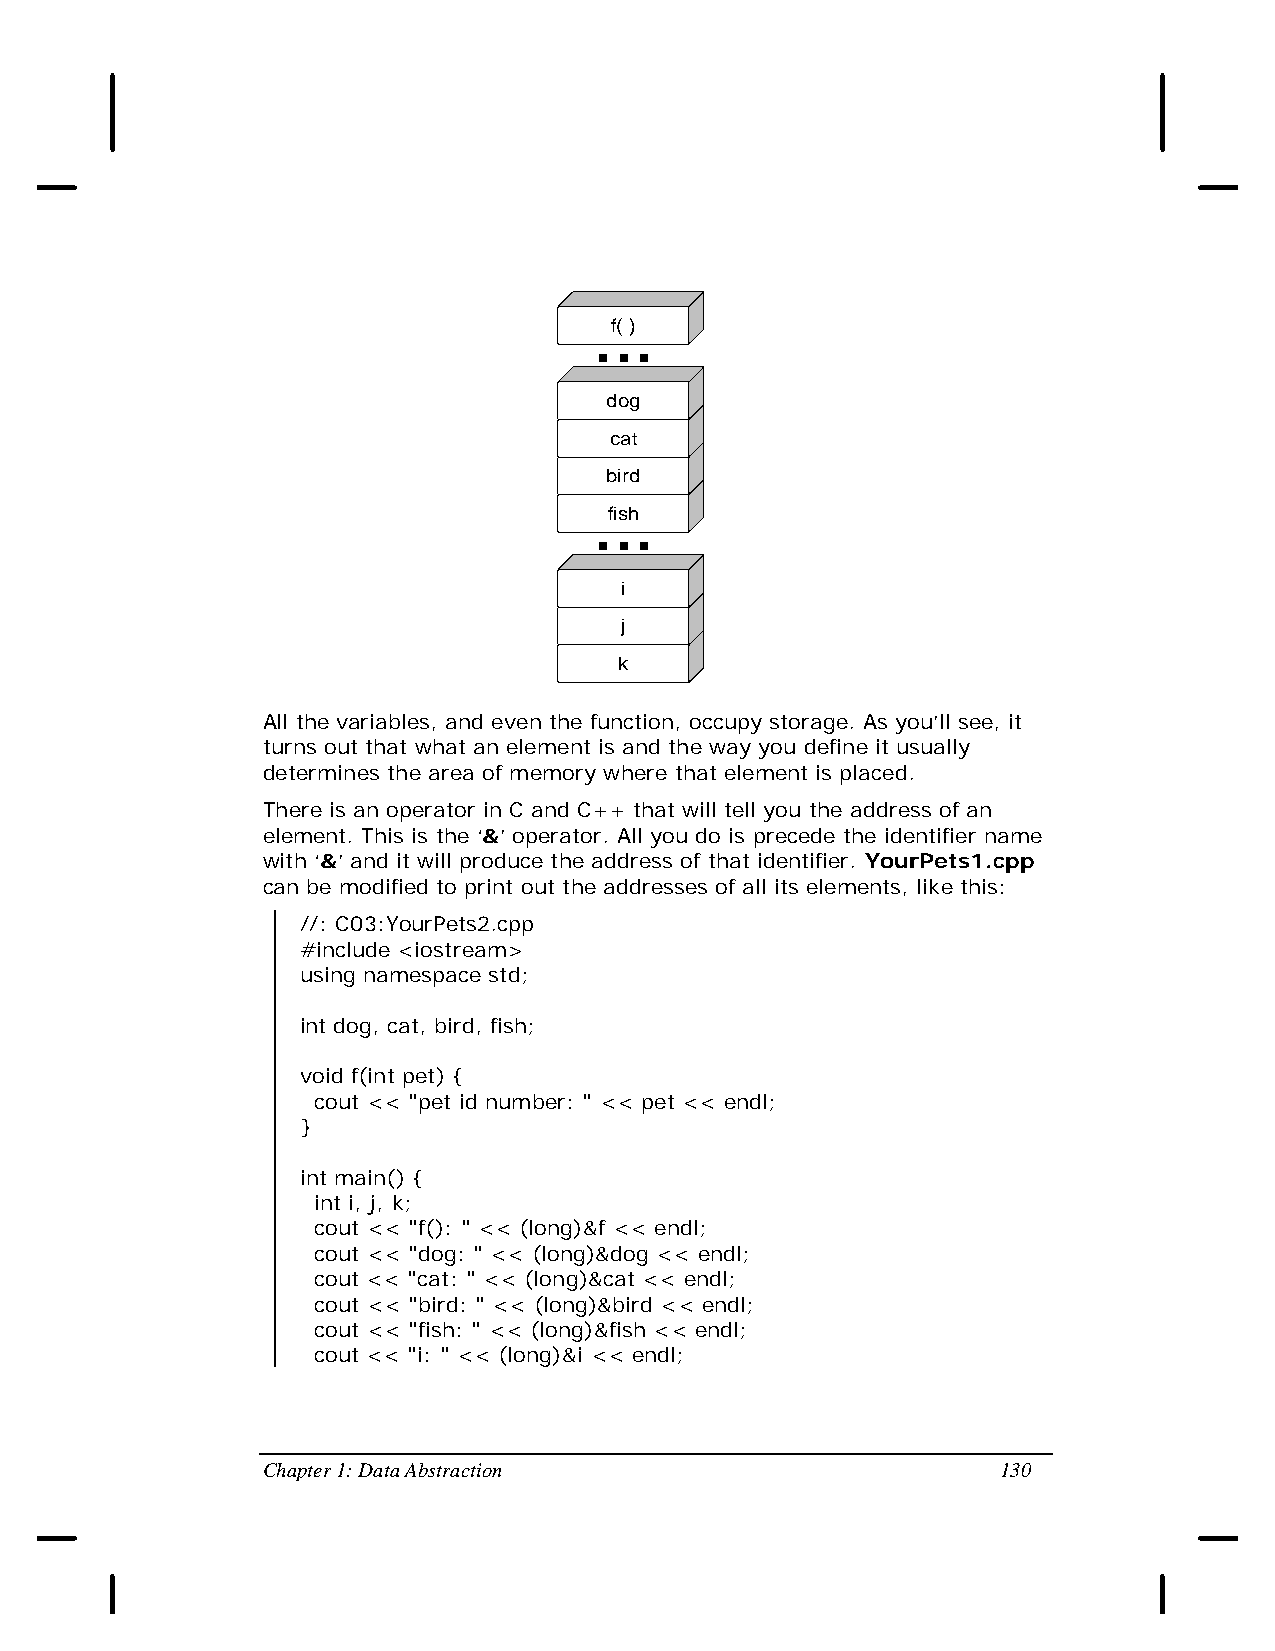
...
 f( )
 dog
 cat
 bird
 ...
 fish
 i
 j
 k
 All the variables, and even the function, occupy storage. As you’ll see, it
 turns out that what an element is and the way you define it usually
 determines the area of memory where that element is placed.
 There is an operator in C and C++ that will tell you the address of an
 element. This is the ‘&’ operator. All you do is precede the identifier name
 with ‘&’ and it will produce the address of that identifier. YourPets1.cpp
 can be modified to print out the addresses of all its elements, like this:
 //: C03:YourPets2.cpp
 #include <iostream>
 using namespace std;
 int dog, cat, bird, fish;
 void f(int pet) {
 cout << "pet id number: " << pet << endl;
 }
 int main() {
 int i, j, k;
 cout << "f(): " << (long)&f << endl;
 cout << "dog: " << (long)&dog << endl;
 cout << "cat: " << (long)&cat << endl;
 cout << "bird: " << (long)&bird << endl;
 cout << "fish: " << (long)&fish << endl;
 cout << "i: " << (long)&i << endl;
 Chapter 1: Data Abstraction                      130